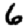
Digit: 6